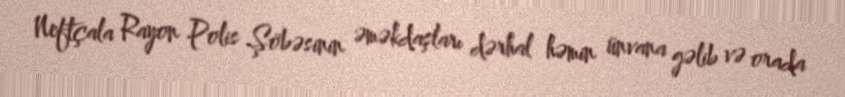
Neftçala Rayon Polis Şöbəsinin əməkdaşları dərhal həmin ünvana gəlib və orada